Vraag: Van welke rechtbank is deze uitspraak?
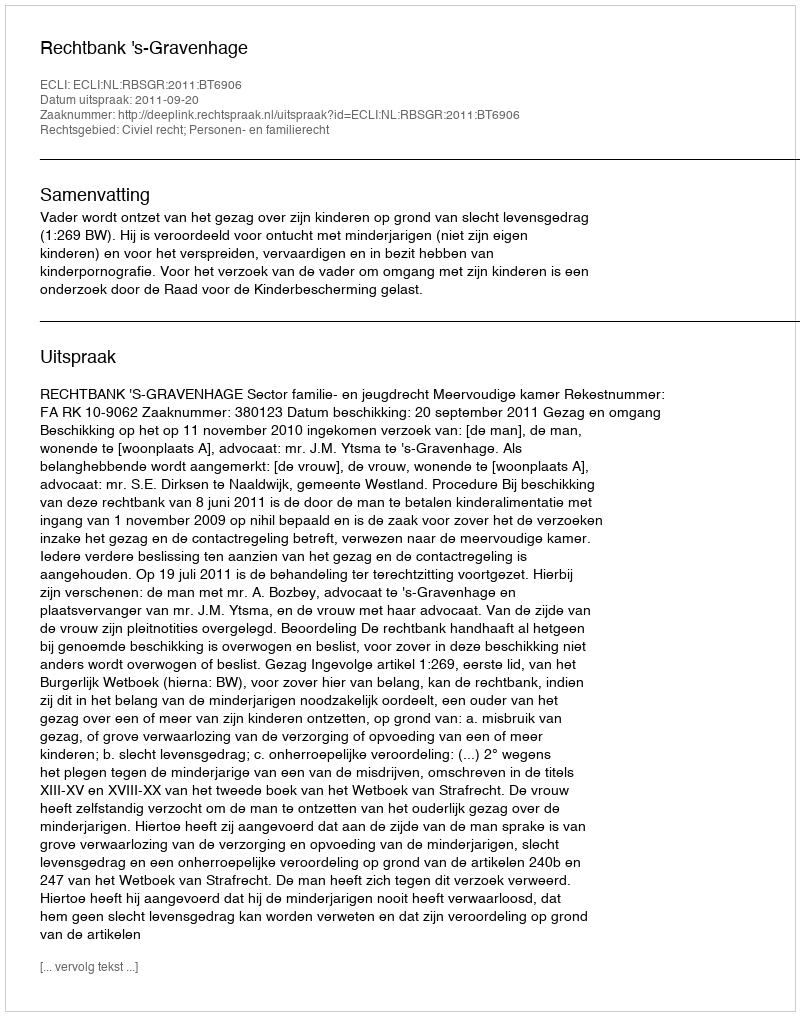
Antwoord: Rechtbank 's-Gravenhage